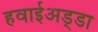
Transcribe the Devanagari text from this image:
हवाईअड्‍डा